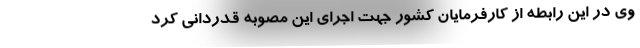
وی در این رابطه از کارفرمایان کشور جهت اجرای این مصوبه قدردانی کرد